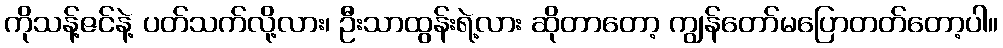
ကိုသန့်ဇင်နဲ့ ပတ်သက်လို့လား၊ ဦးသာထွန်းရဲ့လား ဆိုတာတော့ ကျွန်တော်မပြောတတ်တော့ပါ။